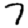
Digit: 7